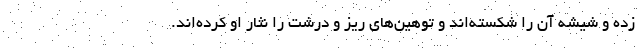
زده و شیشه آن را شکسته‌اند و توهین‌های ریز و درشت را نثار او کرده‌اند.